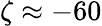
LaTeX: \zeta\approx-60